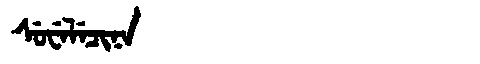
Manchu: ᠰᡠᠸᡝᠯᡝᠴᡳᠨᠠ
Romanization: SUWELECINA